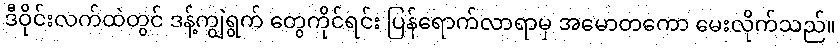
ဒီဝိုင်းလက်ထဲတွင် ဒန့်ကျွဲရွက် တွေကိုင်ရင်း ပြန်ရောက်လာရာမှ အမောတကော မေးလိုက်သည်။